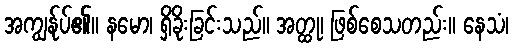
အကျွန်ုပ်၏။ နမော၊ ရှိခိုးခြင်းသည်။ အတ္ထု၊ ဖြစ်စေသတည်း။ နေသံ၊